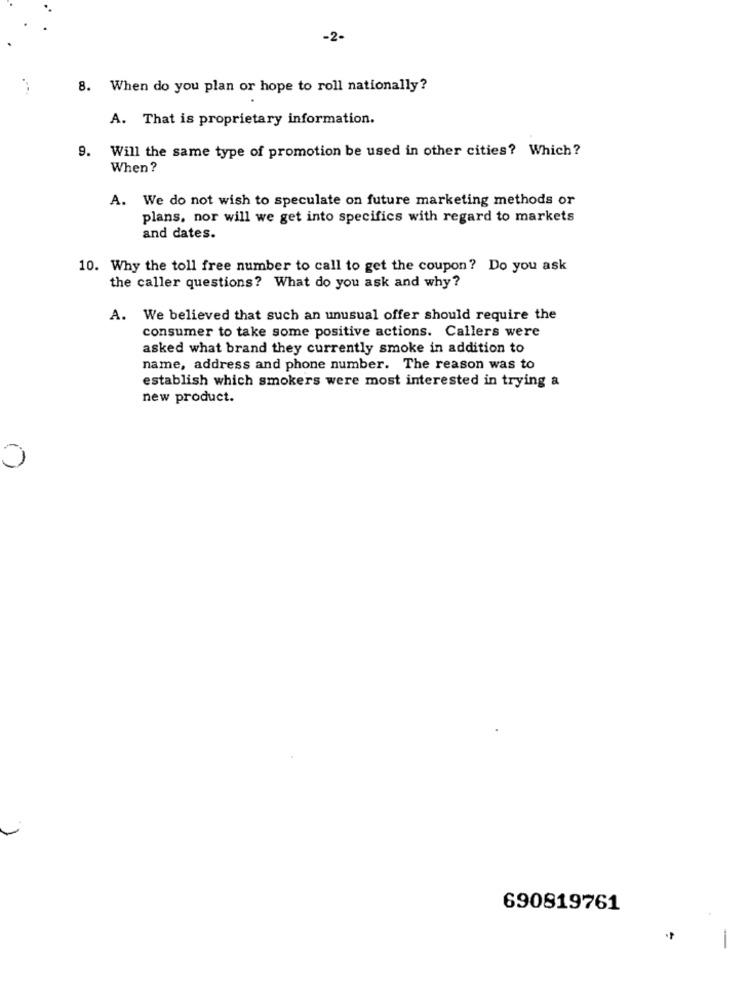
-2-
8. When do you plan or hope to roll nationally?
A. That is proprietary information.
9. Will the same type of promotion be used in other cities? Which?
When?
A. We do not wish to speculate on future marketing methods or
plans, nor will we get into specifics with regard to markets
and dates.
10. Why the toll free number to call to get the coupon? Do you ask
the caller questions? What do you ask and why?
A. We believed that such an unusual offer should require the
consumer to take some positive actions. Callers were
asked what brand they currently smoke in addition to
name, address and phone number. The reason was to
establish which smokers were most interested in trying a
new product.
0
690819761
-